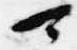
可